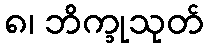
၈၊ ဘိက္ခုသုတ်